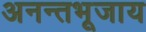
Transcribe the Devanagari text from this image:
अनन्तभूजाय